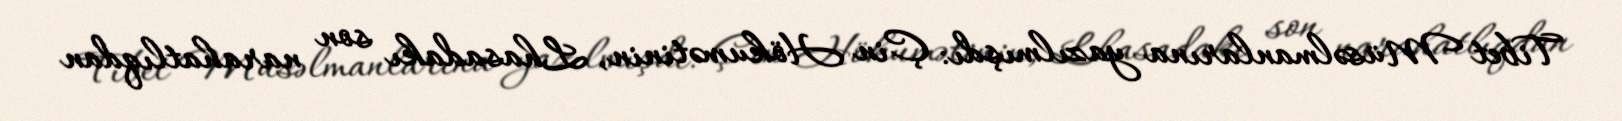
Tibet Müsəlmanlarına yazılmışdı: Çin Hökumətinin, Lhasadakı son narahatlıqdan